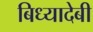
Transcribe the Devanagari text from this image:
बिध्यादेबी